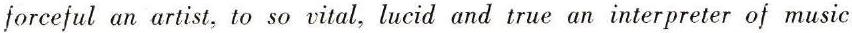
forceful an artist, to so vital, lucid and true an interpreter of music